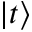
\left| t \right\rangle